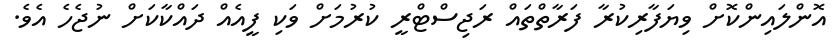
އޮންލައިންކޮށް ވިޔަފާރިކުރާ ފަރާތްތައް ރަޖިސްޓްރީ ކުރުމަށް ވަކި ފީއެއް ދައްކާކަށް ނުޖެހެ އެވެ.